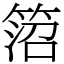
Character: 䈃